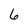
Character: 6